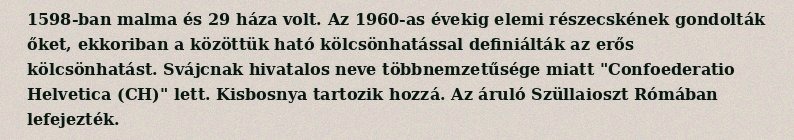
1598-ban malma és 29 háza volt. Az 1960-as évekig elemi részecskének gondolták őket, ekkoriban a közöttük ható kölcsönhatással definiálták az erős kölcsönhatást. Svájcnak hivatalos neve többnemzetűsége miatt "Confoederatio Helvetica (CH)" lett. Kisbosnya tartozik hozzá. Az áruló Szüllaioszt Rómában lefejezték.